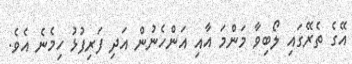
އޭގެ ތެރޭގައި ލޯބިވާ މަންމަ އާއި އަންހެނުން އަދި ފަރިފުޅު ހިމެނެ އެވެ.